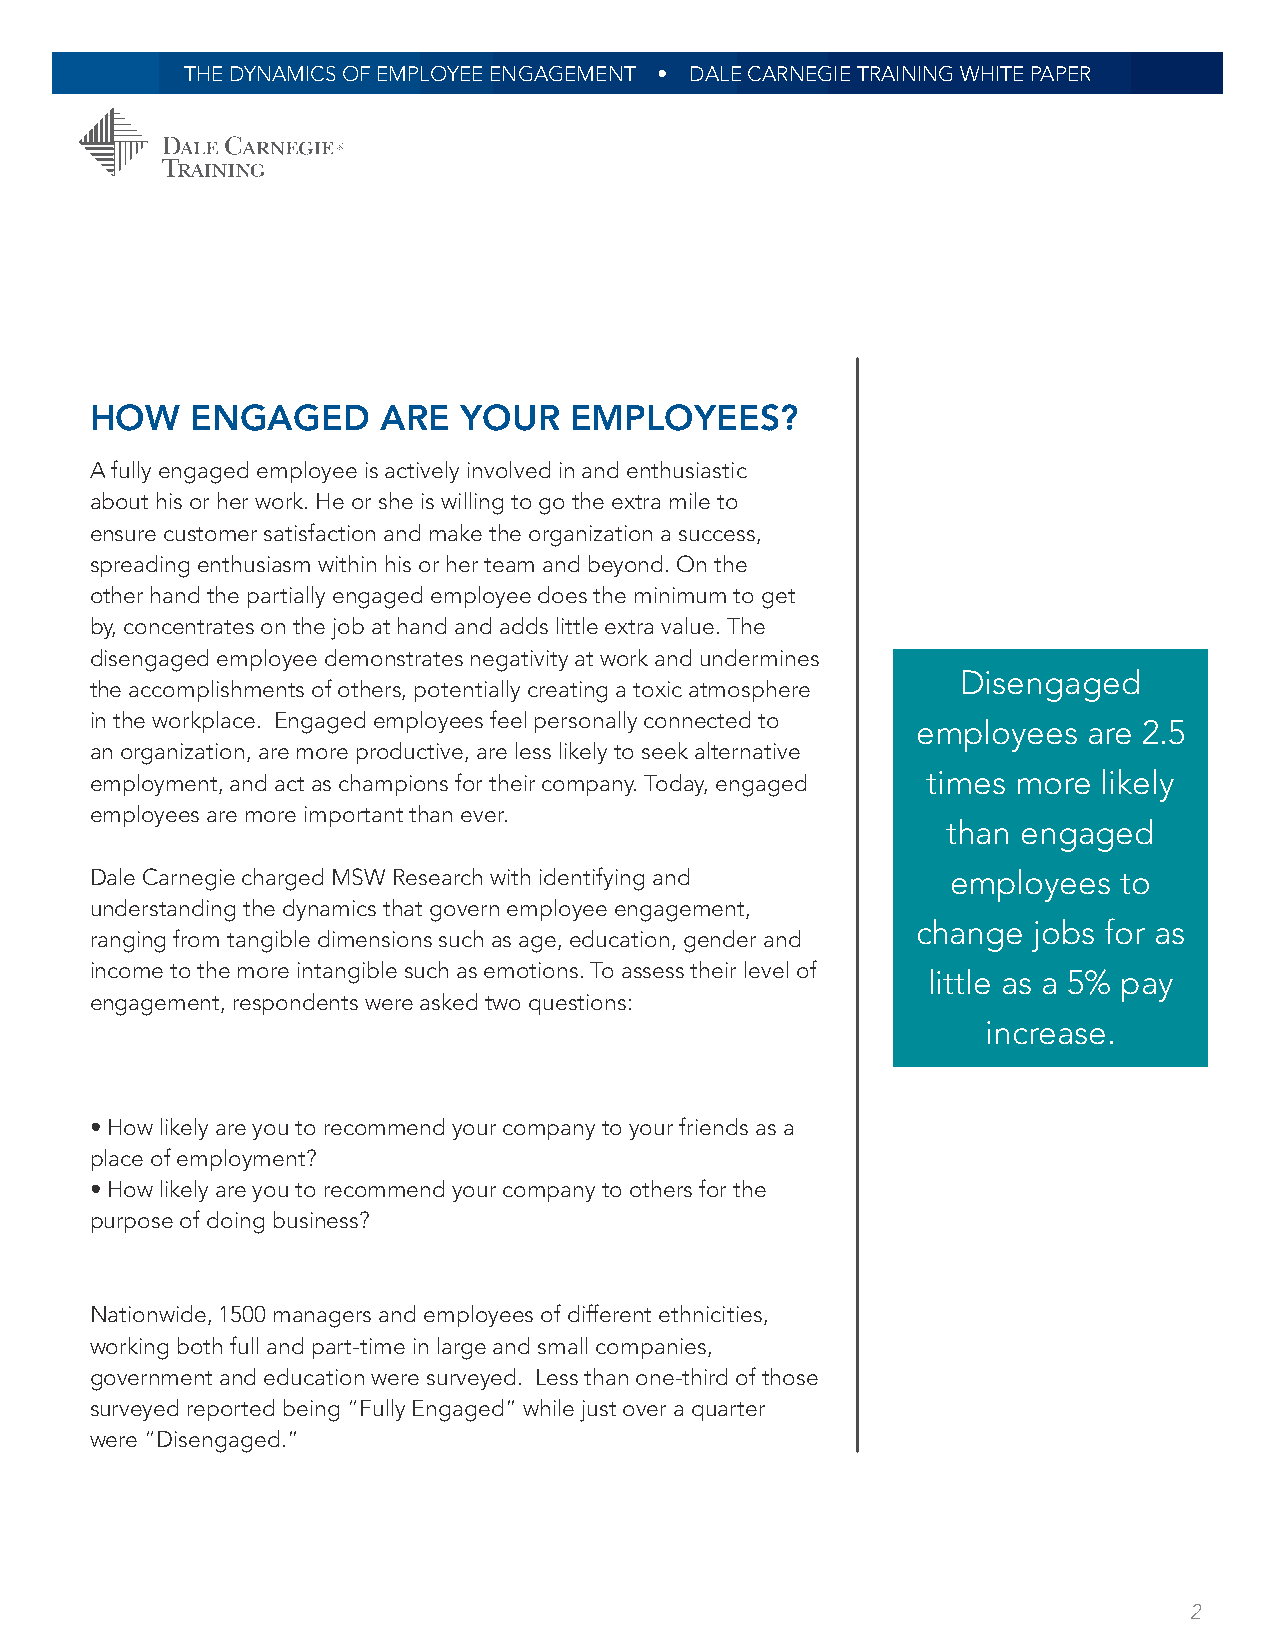
THE DYNAMICS OF EMPLOYEE ENGAGEMENT • DALE CARNEGIE TRAINING WHITE PAPER
 HOW    ENGAGED     ARE  YOUR    EMPLOYEES?
 A fully engaged employee is actively involved in and enthusiastic
 about his or her work. He or she is willing to go the extra mile to
 ensure customer satisfaction and make the organization a success,
 spreading enthusiasm within his or her team and beyond. On the
 other hand the partially engaged employee does the minimum to get
 by, concentrates on the job at hand and adds little extra value. The
 disengaged employee demonstrates negativity at work and undermines
 Disengaged
 the accomplishments of others, potentially creating a toxic atmosphere
 in the workplace. Engaged employees feel personally connected to
 employees  are 2.5
 an organization, are more productive, are less likely to seek alternative
 employment, and act as champions for their company. Today, engaged times more likely
 employees are more important than ever.
 than engaged
 Dale Carnegie charged MSW Research with identifying and  employees  to
 understanding the dynamics that govern employee engagement,
 change jobs for as
 ranging from tangible dimensions such as age, education, gender and
 income to the more intangible such as emotions. To assess their level of
 little as a 5% pay
 engagement, respondents were asked two questions:
 increase.
 • How likely are you to recommend your company to your friends as a
 place of employment?
 • How likely are you to recommend your company to others for the
 purpose of doing business?
 Nationwide, 1500 managers and employees of different ethnicities,
 working both full and part-time in large and small companies,
 government and education were surveyed. Less than one-third of those
 surveyed reported being “Fully Engaged” while just over a quarter
 were “Disengaged.”
 2